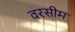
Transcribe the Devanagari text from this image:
वरसीम